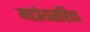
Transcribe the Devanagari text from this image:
मात्रेयसंहिता